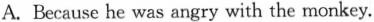
A.Because he was angry with the monkey.